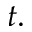
t .